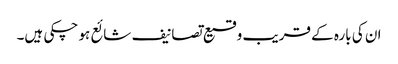
ان کی بارہ کے قریب وقیع تصانیف شائع ہو چکی ہیں۔